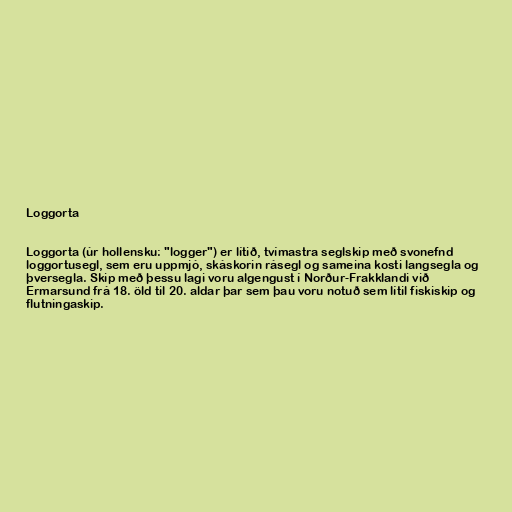
Loggorta

Loggorta (úr hollensku: "logger") er lítið, tvímastra seglskip með svonefnd
loggortusegl, sem eru uppmjó, skáskorin rásegl og sameina kosti langsegla og
þversegla. Skip með þessu lagi voru algengust í Norður-Frakklandi við
Ermarsund frá 18. öld til 20. aldar þar sem þau voru notuð sem lítil fiskiskip og
flutningaskip.